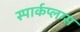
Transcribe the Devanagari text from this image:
स्पार्कप्लग्स